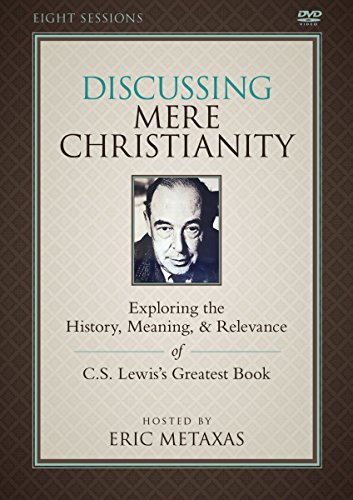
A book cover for The Discussing Mere Christianity Study Guide with DVD: Exploring the History, Meaning, and Relevance of C.S. Lewis's Greatest Book; Eric Metaxas; Christian Books & Bibles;